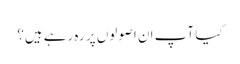
کیا آپ ان اصولوں پر رہ رہے ہیں؟